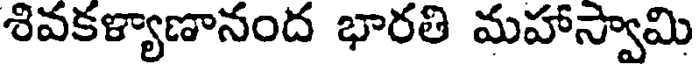
శివకళ్యాణానంద భారతి మహాస్వామి